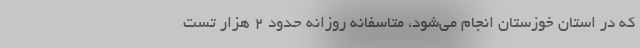
که در استان خوزستان انجام می‌شود، متاسفانه روزانه حدود ۲ هزار تست